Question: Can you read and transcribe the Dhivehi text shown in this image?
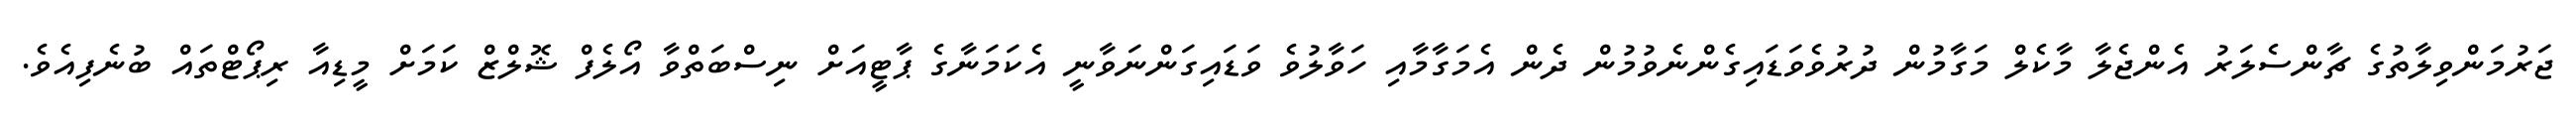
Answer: ޖަރުމަންވިލާތުގެ ޗާންސެލަރު އެންޖެލާ މާކެލް މަގާމުން ދުރުވެވަޑައިގެންނެވުމުން ދެން އެމަގާމާއި ހަވާލުވެ ވަޑައިގަންނަވާނީ އެކަމަނާގެ ޕާޓީއަށް ނިސްބަތްވާ އޯލެފް ޝޮލްޒް ކަމަށް މީޑިއާ ރިޕޯޓްތައް ބުނެފިއެވެ.